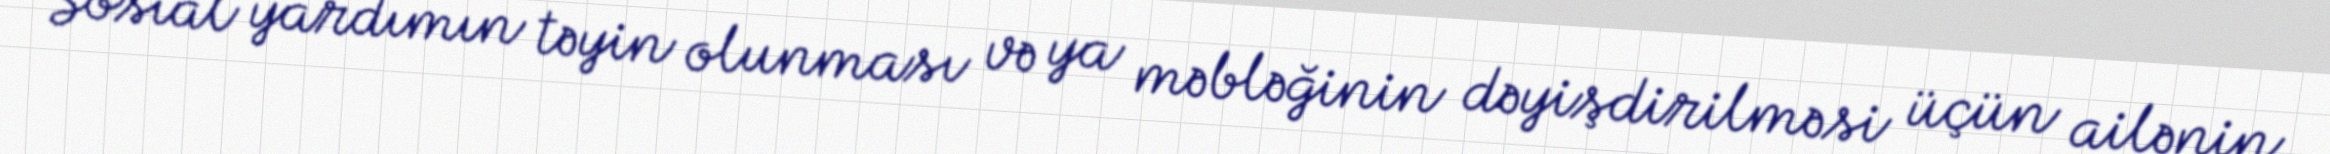
Sosial yardımın təyin olunması və ya məbləğinin dəyişdirilməsi üçün ailənin